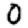
Digit: 0